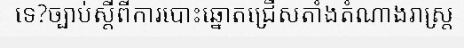
ទេ?ច្បាប់ស្តីពីការបោះឆ្នោតជ្រើសតាំងតំណាងរាស្ត្រ